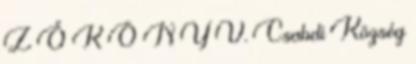
Z Ő K Ö N Y V. Csabdi Község